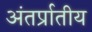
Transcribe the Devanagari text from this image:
अंतर्प्रातीय